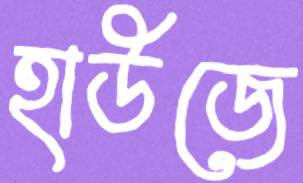
হাউজে